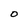
Character: O